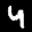
Label: 4